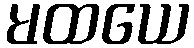
မထယေ